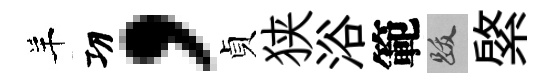
羊㓛，貞狭浴範跋綮